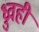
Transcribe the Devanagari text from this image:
ध्रुवही